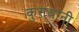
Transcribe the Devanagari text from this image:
कुसबानी